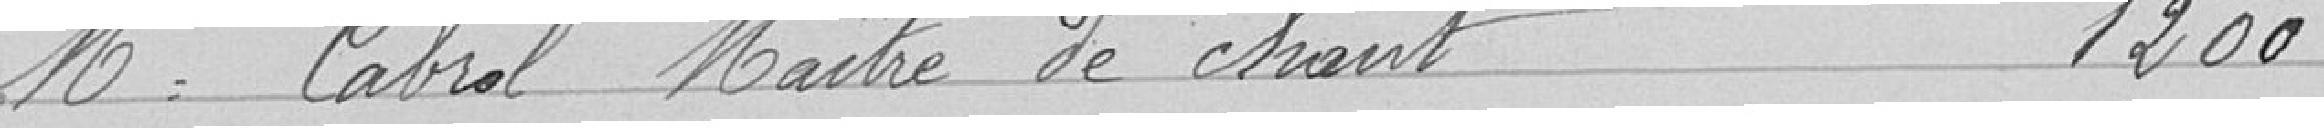
Messieurs Cabrol Maître de chant                          1200